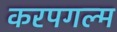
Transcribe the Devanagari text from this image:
करपगल्म